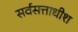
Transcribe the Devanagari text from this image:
सर्वसत्ताधीश